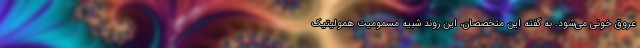
عروق خونی می‌شود. به گفته این متخصصان، این روند شبیه مسمومیت همولیتیک